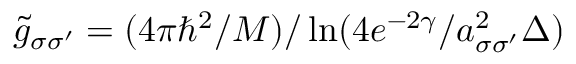
\tilde { g } _ { \sigma \sigma ^ { \prime } } = ( 4 \pi \hbar ^ { 2 } / M ) / \ln ( 4 e ^ { - 2 \gamma } / a _ { \sigma \sigma ^ { \prime } } ^ { 2 } \Delta )